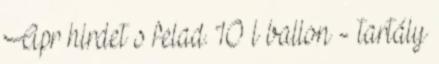
Apr hirdet s felad. 10 l ballon - tartály